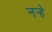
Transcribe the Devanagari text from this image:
नर्‍हे